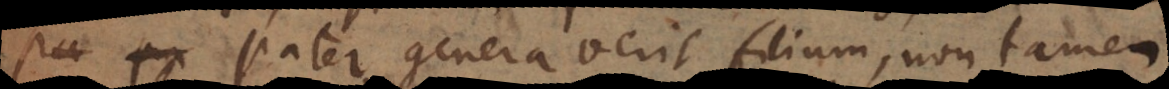
pater generaverit filium, non tame